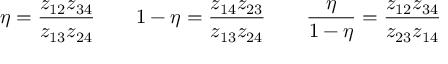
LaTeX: \eta = \frac { z _ { 1 2 } z _ { 3 4 } } { z _ { 1 3 } z _ { 2 4 } } \qquad 1 - \eta = \frac { z _ { 1 4 } z _ { 2 3 } } { z _ { 1 3 } z _ { 2 4 } } \qquad \frac { \eta } { 1 - \eta } = \frac { z _ { 1 2 } z _ { 3 4 } } { z _ { 2 3 } z _ { 1 4 } }